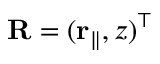
\mathbf R = ( \mathbf { r } _ { \parallel } , z ) ^ { \top }